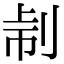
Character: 𠜔